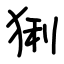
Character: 猁